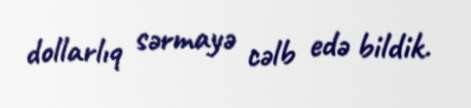
dollarlıq sərmayə cəlb edə bildik.